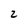
Character: 2